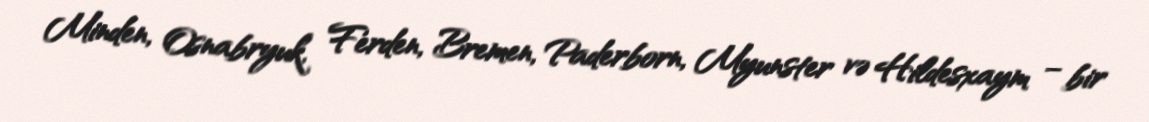
Minden, Osnabryuk, Ferden, Bremen, Paderborn, Myunster və Hildesxaym – bir